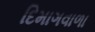
દિમાગવાળા